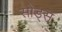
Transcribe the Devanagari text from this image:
सोड्स